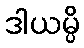
ဒါယမ္ပိ